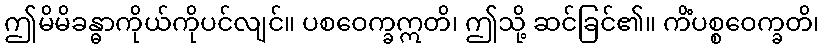
ဤမိမိခန္ဓာကိုယ်ကိုပင်လျင်။ ပစဝေက္ခဣတိ၊ ဤသို့ ဆင်ခြင်၏။ ကိံပစ္စဝေက္ခတိ၊